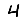
Digit: 4